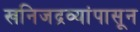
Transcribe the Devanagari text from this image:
खनिजद्रव्यांपासून